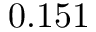
0 . 1 5 1